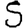
Digit: 5